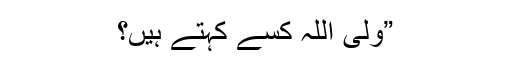
”ولی اللہ کسے کہتے ہیں؟